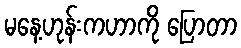
မနေ့ဟုန်းကဟာကို ပြောတာ